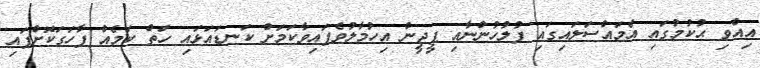
އިއްވި ޙުކުމުގައި އެމައްސަލައިގައި ފުލުހުންނާއި ޕީޖީން އިހުމާލުވެފައިވާކަމަށް ކަނޑައަޅައި ހަތް ކަމެއް ފާހަގަކޮށްފައި